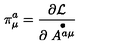
\pi _ { \mu } ^ { a } = \frac { \partial { \cal L } } { \partial \stackrel { \bullet } { A ^ { a \mu } } }